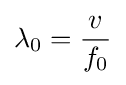
\lambda _{0}={\frac {v}{f_{0}}}